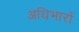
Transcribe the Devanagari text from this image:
अधिभारों